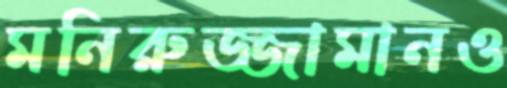
মনিরুজ্জামানও